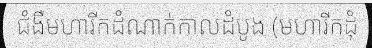
ជំងឺមហារីកដំណាក់កាលដំបូង (មហារីកដុំ